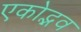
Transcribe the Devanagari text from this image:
एकोद्भव